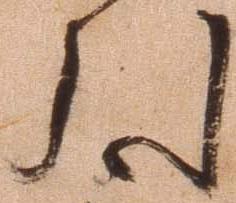
引